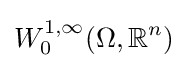
W_{0}^{1,\infty }(\Omega ,\mathbb {R} ^{n})